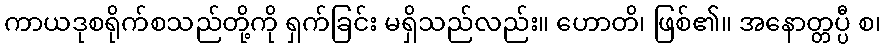
ကာယဒုစရိုက်စသည်တို့ကို ရှက်ခြင်း မရှိသည်လည်း။ ဟောတိ၊ ဖြစ်၏။ အနောတ္တပ္ပီ စ၊